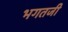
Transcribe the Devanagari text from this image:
भगतजी